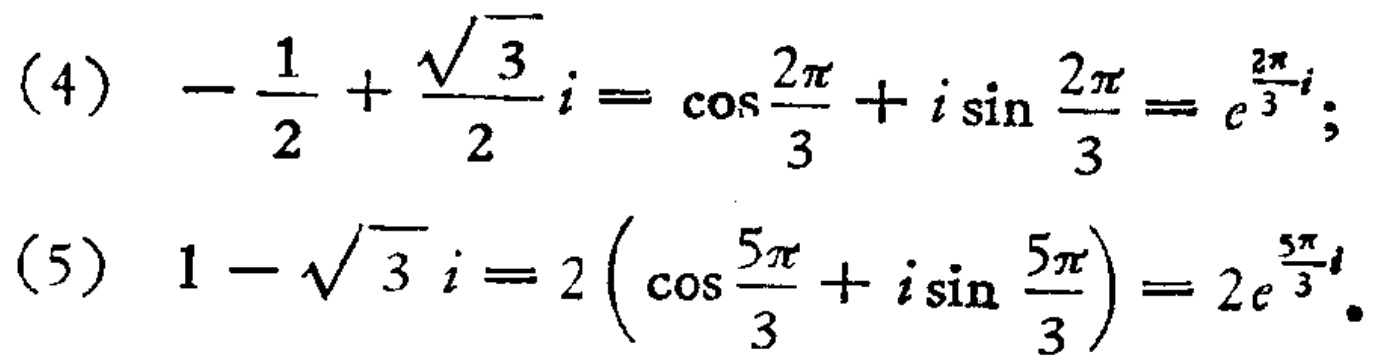
(4) \(-\frac{1}{2}+\frac{\sqrt{3}}{2}i=\cos\frac{2\pi}{3}+i\sin\frac{2\pi}{3}=e^{\frac{2\pi}{3}i}\);

(5) \(1 - \sqrt{3}i=2\left(\cos\frac{5\pi}{3}+i\sin\frac{5\pi}{3}\right)=2e^{\frac{5\pi}{3}i}\).